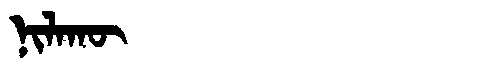
Manchu: ᠨᡳᠯᠠᡴᡡ
Romanization: NILAKŪ